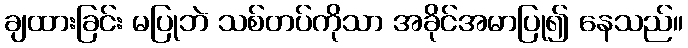
ချထားခြင်း မပြုဘဲ သစ်တပ်ကိုသာ အခိုင်အမာပြု၍ နေသည်။